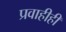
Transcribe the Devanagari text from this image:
प्रवाहीही